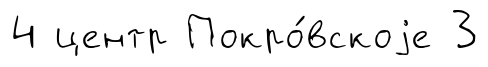
4 центр Покро́вскоjе 3